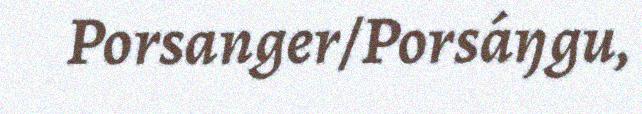
Porsanger/Porsáŋgu,